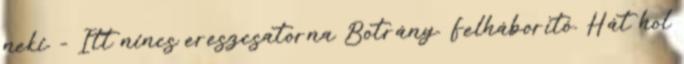
neki. - Itt nincs ereszcsatorna Botrány. Felháborító. Hát hol